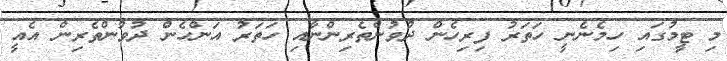
މި ޓީމުގައި ހިމެނެނީ ހަތަރު ފިރިހެން ދުވުންތެރިންނާއި ހަތަރު އަންހެން ދުވުންތެރިން އެއީ